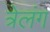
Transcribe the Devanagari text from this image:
त्रेलंग